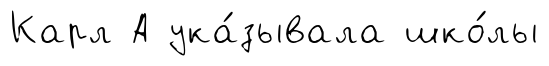
Карл А ука́зывала шко́лы